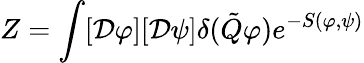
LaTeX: Z=\int[{\cal\mathcal{D}}\varphi][{\cal\mathcal{D}}\psi]\delta(\tilde{{Q}}\varphi)e^{-S(\varphi,\psi)}